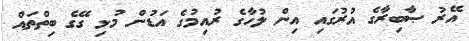
އޭރު ޞާބިރާގެ އުރުގައި އިން ލުހާގެ ރުއިމުގެ އަޑުން މުޅި ގޭގެ ބިތްތައް